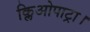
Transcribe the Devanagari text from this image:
क्लिओपाट्रा।